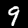
Digit: 9